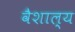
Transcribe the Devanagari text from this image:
वैशाल्य